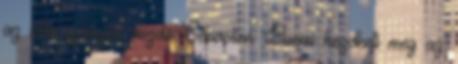
az idén gyengén kezdő Sébastien Buemi kezdheti meg az